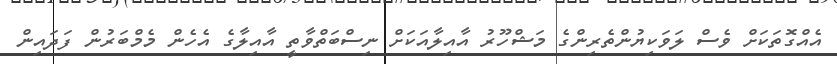
އެއްގޮތަކަށް ވެސް ލަވަކިޔުންތެރިންގެ މަޝްހޫރު އާއިލާއަކަށް ނިސްބަތްވާތީ އާއިލާގެ އެހެން މެމްބަރުން ފަދައިން